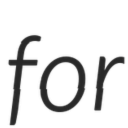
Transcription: for